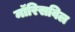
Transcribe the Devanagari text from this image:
मॉरिसविल